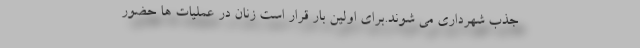
جذب شهرداری می شوند.برای اولین بار قرار است زنان در عملیات ها حضور